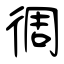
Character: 徟